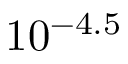
1 0 ^ { - 4 . 5 }